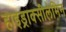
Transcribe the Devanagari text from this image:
हाइड्राक्सीलेमिन